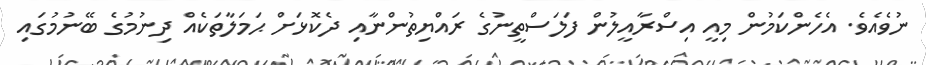
ނުވެއެވެ. އެހެންކަމުން މިއީ އިސްރާއީލުން ފަލަސްތީނުގެ ރައްޔިތުންނާއި ދެކޮޅަށް ޙަމަލާތަކެއް ދިނުމުގެ ބޭނުމުގައި